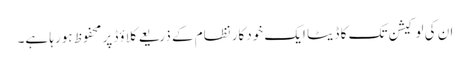
ان کی لوکیشن تک کا ڈیٹا ایک خودکار نظام کے ذریعے کلاؤڈ پر محفوظ ہورہا ہے۔